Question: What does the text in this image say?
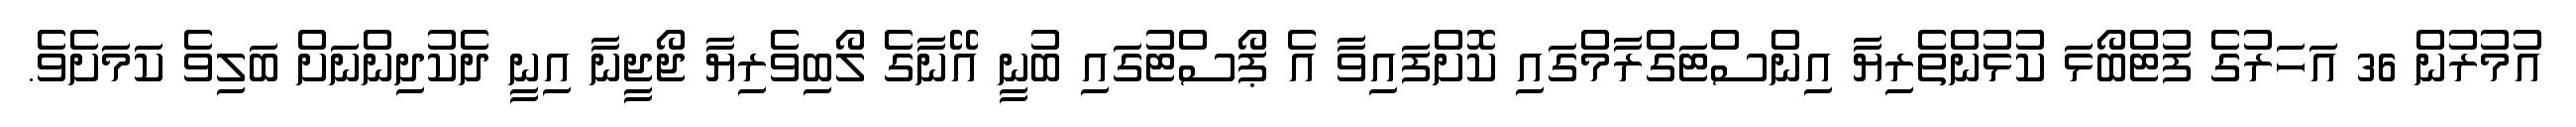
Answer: އުމުރުން 36 އަހަރުގެ ފުޓްބޯޅަ ކުޅުންތެރިޔާ އިންސްޓަގްރާމްގައި ކޮށްފައިވާ އެ ޕޯސްޓުގައި ބުނީ އޭނާގެ ލޯބިވެރިޔާ ޖޯޖީނާ އިނީ ދެކުދިންނަށް ބަލިވެ ކަމަށެވެ.